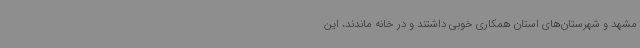
مشهد و شهرستان‌های استان همکاری خوبی داشتند و در خانه ماندند، این